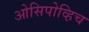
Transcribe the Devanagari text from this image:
ओसिपोव्हिच